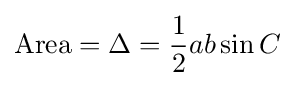
{\mbox{Area}}=\Delta ={\frac {1}{2}}ab\sin C